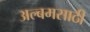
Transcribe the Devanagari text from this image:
अल्बमसाठी